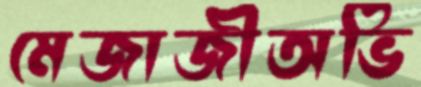
মেজাজীঅভি